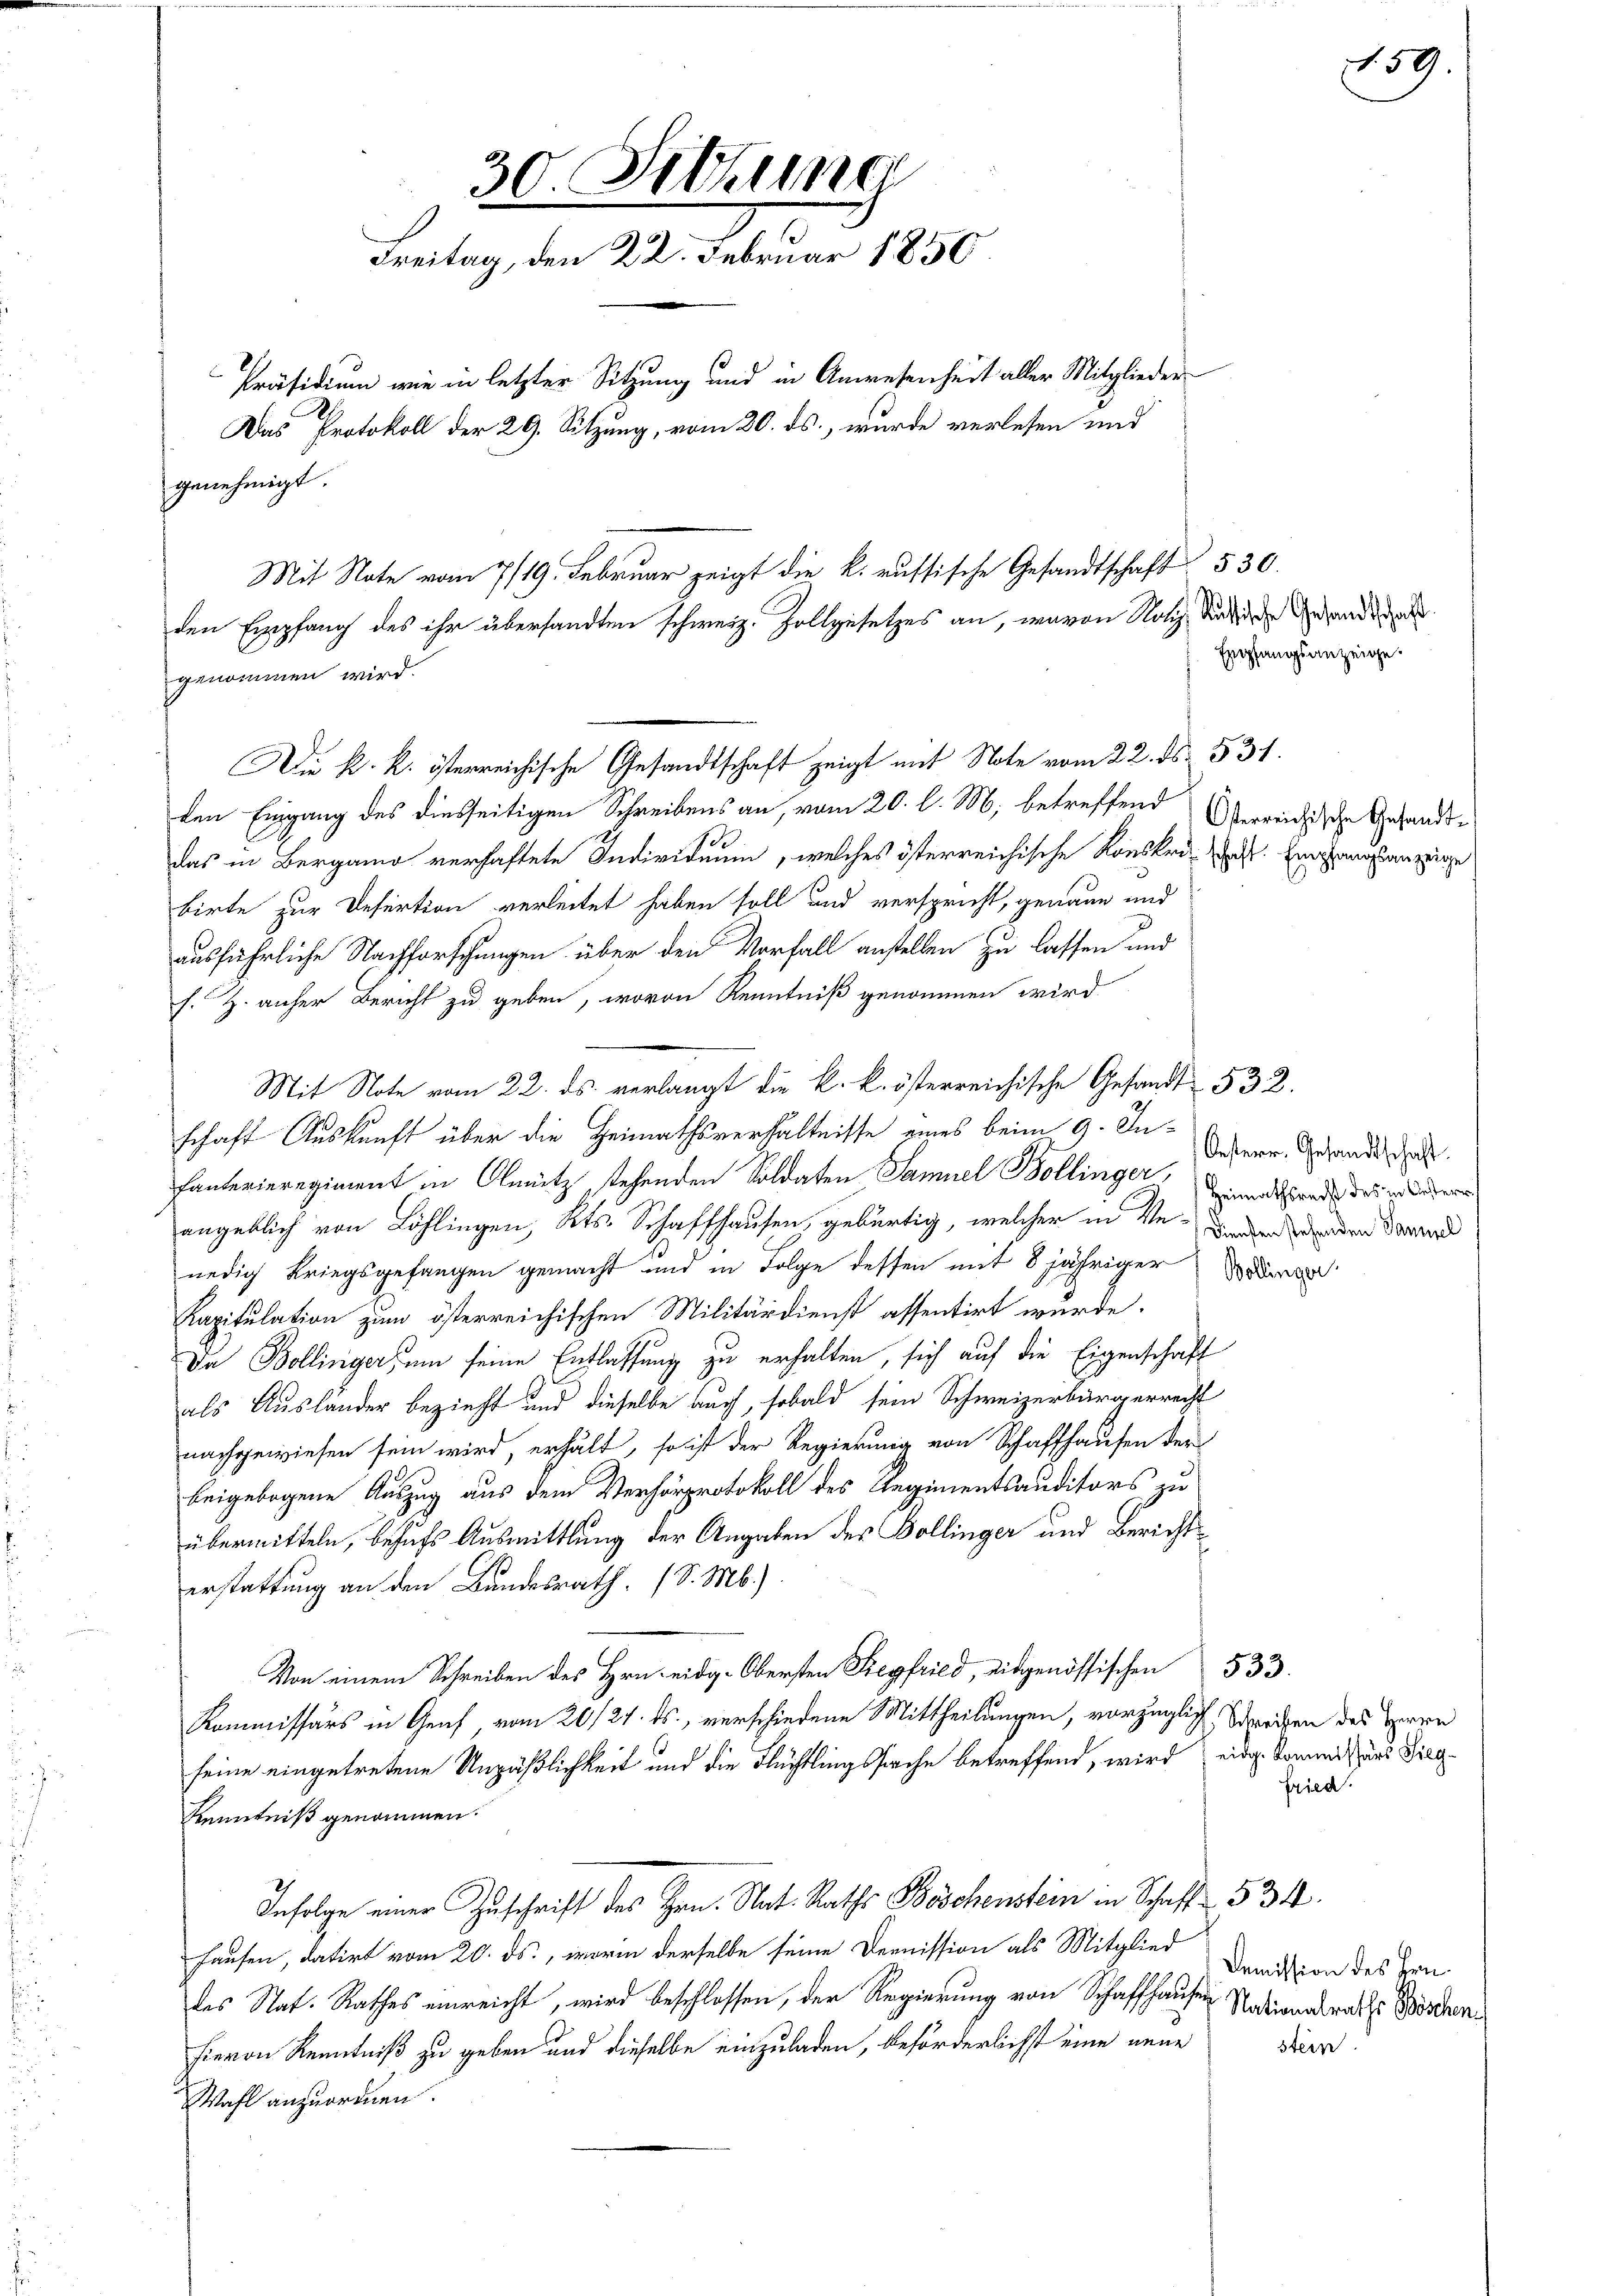
30. Sittlung
Freitag, den 22. Februar 1850
Präsidium wie in letzter Sitzung und in Anwesenheit aller Mitglieder
Das Protokoll der 29. Sitzung, vom 20. ds., wurde verlesen und
genehmigt.

Mit Note vom 7/19. Februar zeigt die k. russische Gesandtschaft
den Empfang des ihr übersandten schweiz. Zollgesetzes an, wovon Notiz Miche Gesandte
genommen wird.
Die k. k. österreichische Gesandtschaft zeigt mit Note vom 22. ds. 531.

den Eingang des diesseitigen Schreibens an, vom 20. l. M., betreffend Oberreichische Gesandtdas in Bergamo verhaftete Individuum, welches österreichische Konskraft. Eingangsanzeige
birte zur Desertion verleitet haben soll und verspricht, genaue und
ausführliche Nachforschungen über den Vorfall anstellen zu lassen und
s. Z. anher Bericht zu geben, wovon Kenntniß genommen wird.
Mit Note vom 22. ds. verlangt die k. k. österreichische Gesandt 532.
schaft Auskunft über die Heimathsverhältnisse eines beim 9. Infanterieregiment in Olmütz stehenden Soldaten Samuel Bollinger, und ande des wiederen
angeblich von Löhlingen, Kts. Schaffhausen, gebürtig, welcher in Ve-Fond anden daran
nedig Kriegsgefangen gemacht und in Folge dessen mit 8 jähriger Boden
Kapitulation zum österreichischen Militärdienst assentirt wurde.
Da Bollingers um seine Entlassung zu erhalten, sich auf die Eigenschaft
als Ausländer bezieht und dieselbe auch, sobald sein Schweizerbürgerrecht
nachgewiesen sein wird, erhält, so ist der Regierung von Schaffhausen der
beigebogene Auszug aus dem Verhörprotokoll des Regimentsauditors zu
übermitteln, behufs Ausmittlung der Angaben der Bollinger und Berichtserstattung an den Bundesrath. (S. M.)
Von einem Schreiben des Hrn. eidg. Obersten Siegfried, eidgenössischen 533.
Kommissärs in Genf vom 20./21. ds., verschiedene Mittheilungen, vorzüglich, Schreiben des Herrn
seine eingetretene Unpäßlichkeit und die Flüchtlingssache betreffend, wird eidge komme aus Sieg
Kenntniß genommen.
Infolge einer Zuschrift des Hrn. Nat. Raths Böschenstein in Schaff 534.
hausen, datirt vom 20. ds., worin derselbe seine Dermission als Mitglied
des Nat. Rathes einreicht, wird beschlossen, der Regierung von Schaffhauses Nationalraths Böschenhievon Kenntniß zu geben und dieselbe einzuladen, beförderlichst eine neue
Wahl anzuordnen.

530.
Empfangsanzeige.

Oesterr. Gesandtschaft.

fried.

159

Demission des Hrn.
stein.